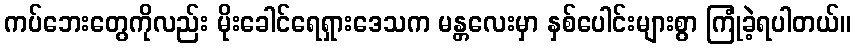
ကပ်ဘေးတွေကိုလည်း မိုးခေါင်ရေရှားဒေသက မန္တလေးမှာ နှစ်ပေါင်းများစွာ ကြုံခဲ့ရပါတယ်။